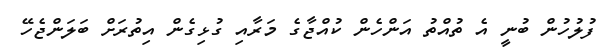
ފުލުހުން ބުނީ އެ ތުއްތު އަންހެން ކުއްޖާގެ މަރާއި ގުޅިގެން އިތުރަށް ބަލަންޖެހޭ